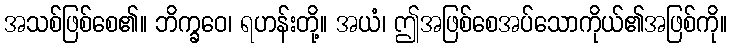
အသစ်ဖြစ်စေ၏။ ဘိက္ခဝေ၊ ရဟန်းတို့။ အယံ၊ ဤအဖြစ်စေအပ်သောကိုယ်၏အဖြစ်ကို။